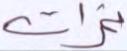
ثمرات